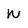
Character: N